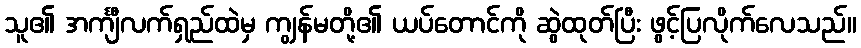
သူ၏ အင်္ကျီလက်ရှည်ထဲမှ ကျွန်မတို့၏ ယပ်တောင်ကို ဆွဲထုတ်ပြီး ဖွင့်ပြလိုက်လေသည်။